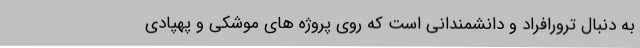
به دنبال ترورافراد و دانشمندانی است که روی پروژه های موشکی و پهپادی